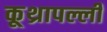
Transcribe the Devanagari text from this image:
कूथ्रापल्ली